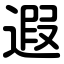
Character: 遐